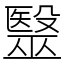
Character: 毉